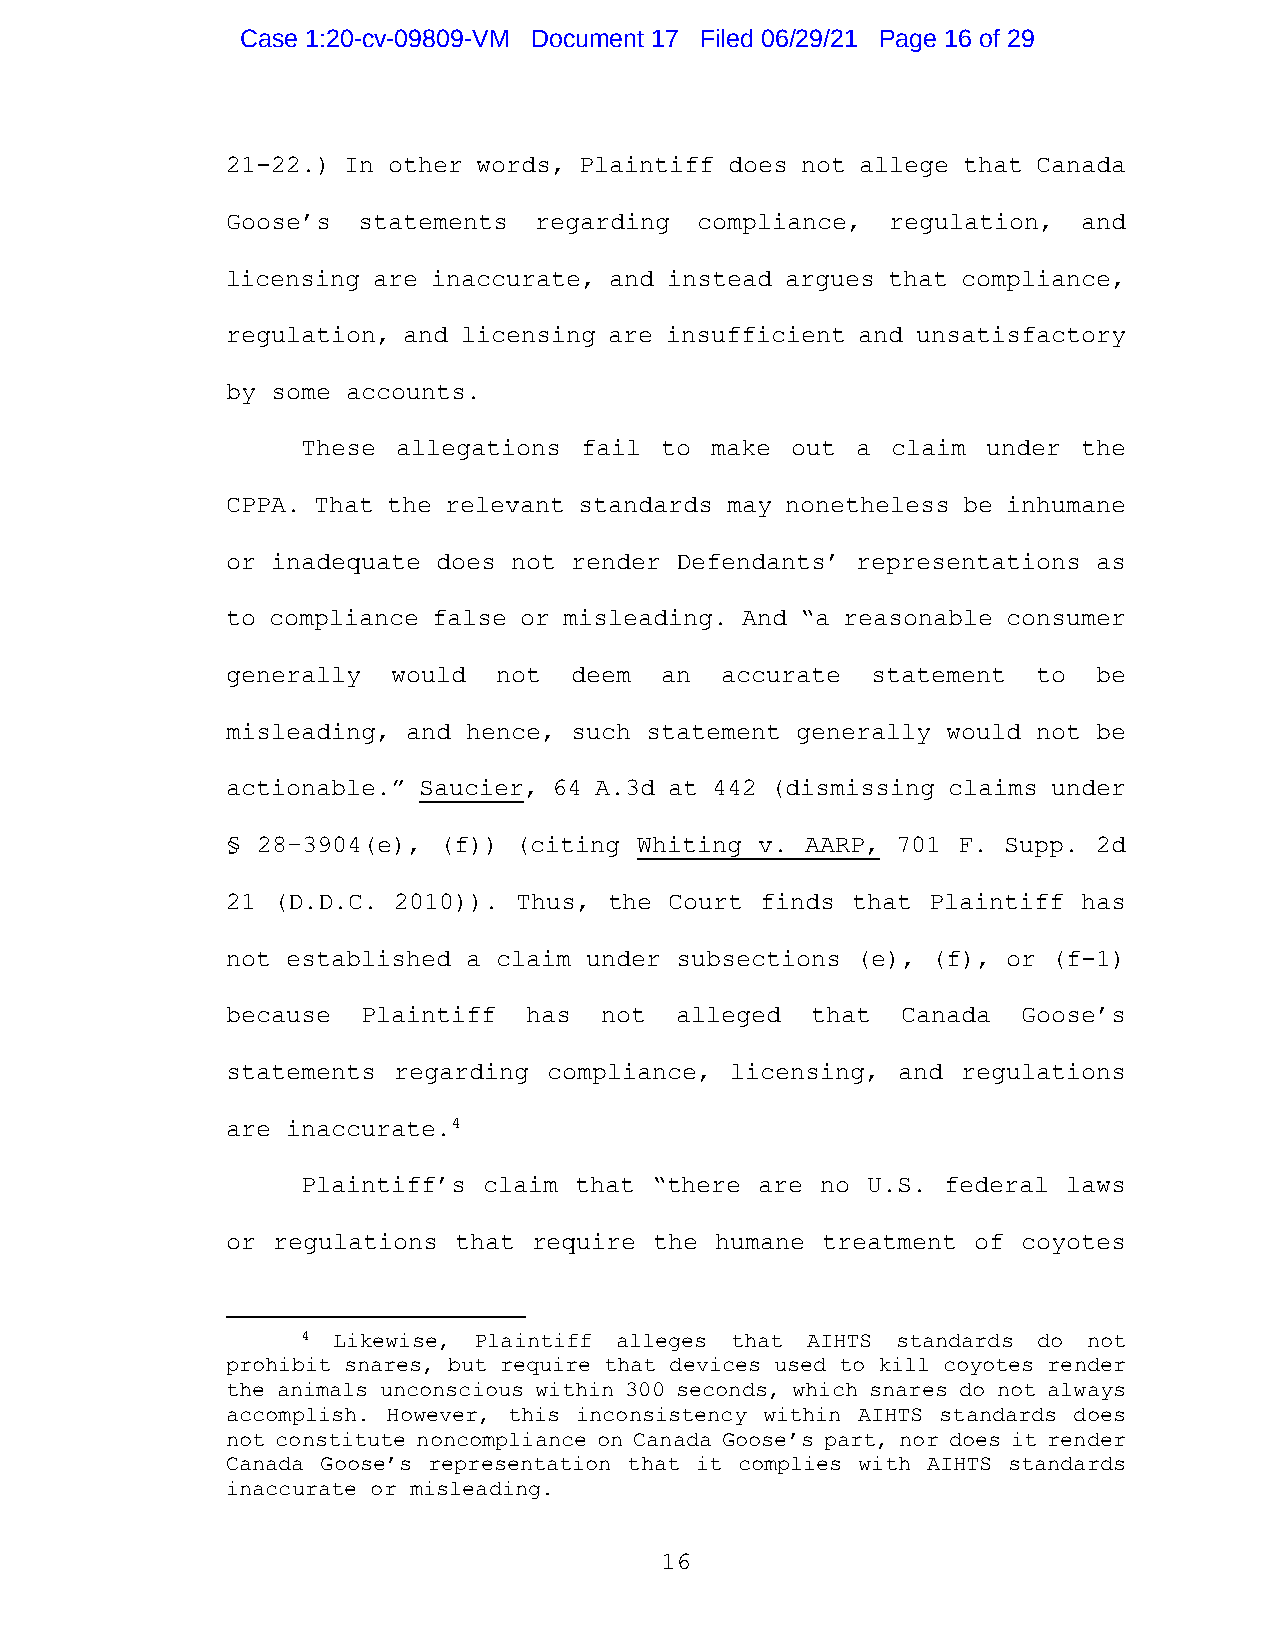
Case 1:20-cv-09809-VM Document 17 Filed 06/29/21 Page 16 of 29
 21-22.) In other words, Plaintiff does not allege that Canada
 Goose’s  statements regarding  compliance,  regulation,  and
 licensing are inaccurate, and instead argues that compliance,
 regulation, and licensing are insufficient and unsatisfactory
 by some accounts.
 These allegations fail  to make out  a claim under  the
 CPPA. That the relevant standards may nonetheless be inhumane
 or inadequate does not render Defendants’ representations as
 to compliance false or misleading. And “a reasonable consumer
 generally  would  not  deem  an  accurate  statement  to  be
 misleading, and hence, such statement generally would not be
 actionable.” Saucier, 64 A.3d at 442 (dismissing claims under
 § 28–3904(e), (f)) (citing Whiting v. AARP, 701 F.  Supp. 2d
 21 (D.D.C. 2010)). Thus, the Court finds that  Plaintiff has
 not established a claim under subsections (e), (f), or (f-1)
 because  Plaintiff  has  not  alleged  that  Canada  Goose’s
 statements regarding compliance, licensing, and  regulations
 are inaccurate.4
 Plaintiff’s claim that “there are no U.S.  federal laws
 or regulations that require the humane treatment of  coyotes
 4 Likewise, Plaintiff alleges that AIHTS standards do not
 prohibit snares, but require that devices used to kill coyotes render
 the animals unconscious within 300 seconds, which snares do not always
 accomplish. However, this inconsistency within AIHTS standards does
 not constitute noncompliance on Canada Goose’s part, nor does it render
 Canada Goose’s representation that it complies with AIHTS standards
 inaccurate or misleading.
 16